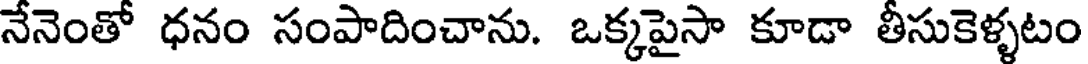
నేనెంతో ధనం సంపాదించాను. ఒక్కపైసా కూడా తీసుకెళ్ళటం